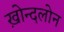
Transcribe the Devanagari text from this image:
ख़ोन्दलोन